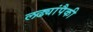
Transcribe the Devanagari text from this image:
लढ्यांपैकी